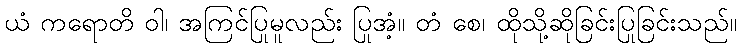
ယံ ကရောတိ ဝါ၊ အကြင်ပြုမူလည်း ပြုအံ့။ တံ စေ၊ ထိုသို့ဆိုခြင်းပြုခြင်းသည်။